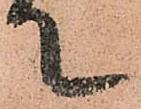
て